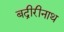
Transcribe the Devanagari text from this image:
बद्रीरीनाथ